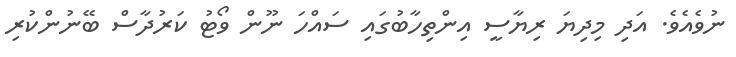
ނުވެއެވެ. އަދި މިދިޔަ ރިޔާސީ އިންތިހާބުގައި ސައްހަ ނޫން ވޯޓު ކަރުދާސް ބޭނުންކުރި